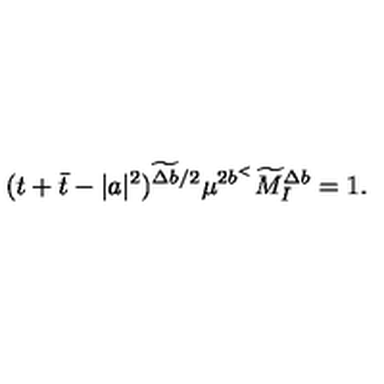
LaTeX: ( t + \bar { t } - | a | ^ { 2 } ) ^ { \widetilde { \Delta b } / 2 } \mu ^ { 2 b ^ { < } } \widetilde { M } _ { I } ^ { \Delta b } = 1 .